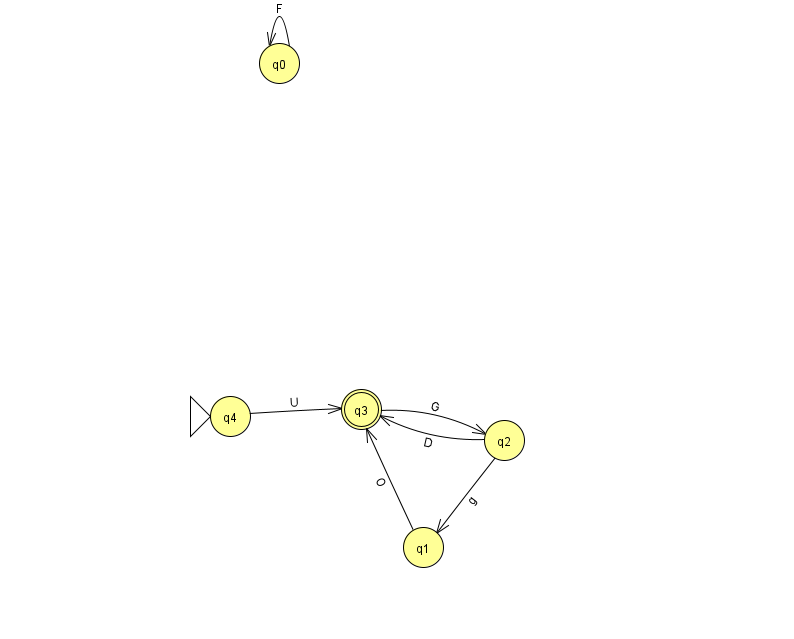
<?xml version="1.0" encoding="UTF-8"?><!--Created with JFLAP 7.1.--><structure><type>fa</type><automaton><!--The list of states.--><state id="0" name="q0"><x>279.0</x><y>50.0</y></state><state id="1" name="q1"><x>423.0</x><y>534.0</y></state><state id="2" name="q2"><x>504.0</x><y>427.0</y></state><state id="3" name="q3"><x>361.0</x><y>396.0</y><final/></state><state id="4" name="q4"><x>230.0</x><y>403.0</y><initial/></state><!--The list of transitions.--><transition><from>4</from><to>3</to><read>U</read></transition><transition><from>0</from><to>0</to><read>F</read></transition><transition><from>2</from><to>3</to><read>D</read></transition><transition><from>2</from><to>1</to><read>g</read></transition><transition><from>3</from><to>2</to><read>G</read></transition><transition><from>1</from><to>3</to><read>O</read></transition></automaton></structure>